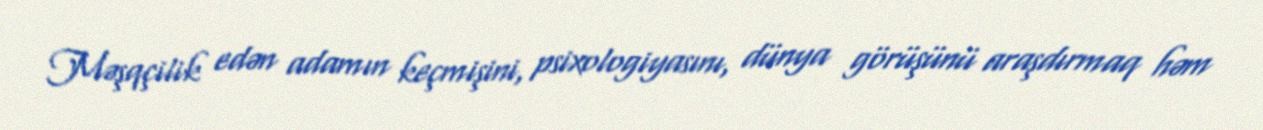
Məşqçilik edən adamın keçmişini, psixologiyasını, dünya görüşünü araşdırmaq həm